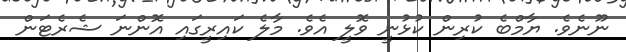
ނޫނެވެ. ޔާމްބެ ކުރިން ކުޅުނީ ވޮލީ އެވެ. މާލެ ކައިރީގައި އޮންނަ ޝެރެޓަން